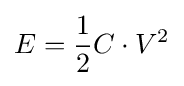
E={\frac {1}{2}}C\cdot V^{2}